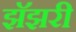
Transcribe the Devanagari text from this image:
झॅझरी